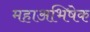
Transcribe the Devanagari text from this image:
महाअभिषेक